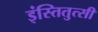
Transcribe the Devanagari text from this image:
इंस्तितुत्सी